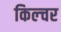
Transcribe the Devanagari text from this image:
किल्चर